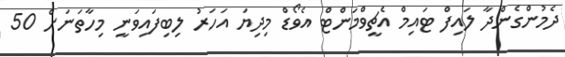
ދެމުންގެންދާ ލައިފް ޓައިމް އެޗީވްމަންޓް އެވޯޑް މިދިޔަ އަހަރު ލިބިފައިވަނީ މިހާތަނަށް 50